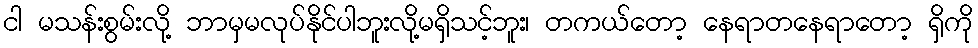
ငါ မသန်းစွမ်းလို့ ဘာမှမလုပ်နိုင်ပါဘူးလို့မရှိသင့်ဘူး၊ တကယ်တော့ နေရာတနေရာတော့ ရှိကို